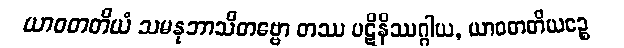
ယာဝတတိယံ သမနုဘာသိတဗ္ဗော တဿ ပဋိနိဿဂ္ဂါယ, ယာဝတတိယဉ္စေ